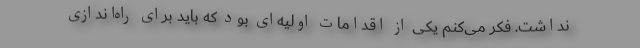
نداشت. فکر می‌کنم یکی از اقدامات اولیه‌ای بود که باید برای راه‌اندازی